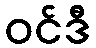
ဝင်ဒီ